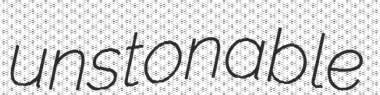
unstonable